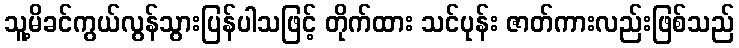
သူ့မိခင်ကွယ်လွန်သွားပြန်ပါသဖြင့် တိုက်ထား သင်ပုန်း ဇာတ်ကားလည်းဖြစ်သည်